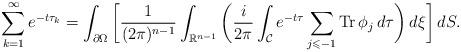
LaTeX: \begin{align*} \sum_{k=1}^{\infty} e^{-t\tau_k} = \int_{\partial \Omega} \bigg[ \frac{1}{(2\pi)^{n-1}} \int_{\mathbb{R}^{n-1}} \bigg( \frac{i}{2\pi}\int_{\mathcal{C}} e^{-t\tau} \sum_{j \leqslant -1} \operatorname{Tr} \phi_{j} \,d\tau \bigg) \,d\xi \bigg] \,dS.\end{align*}